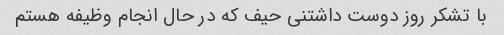
با تشکر روز دوست داشتنی حیف که در حال انجام وظیفه هستم